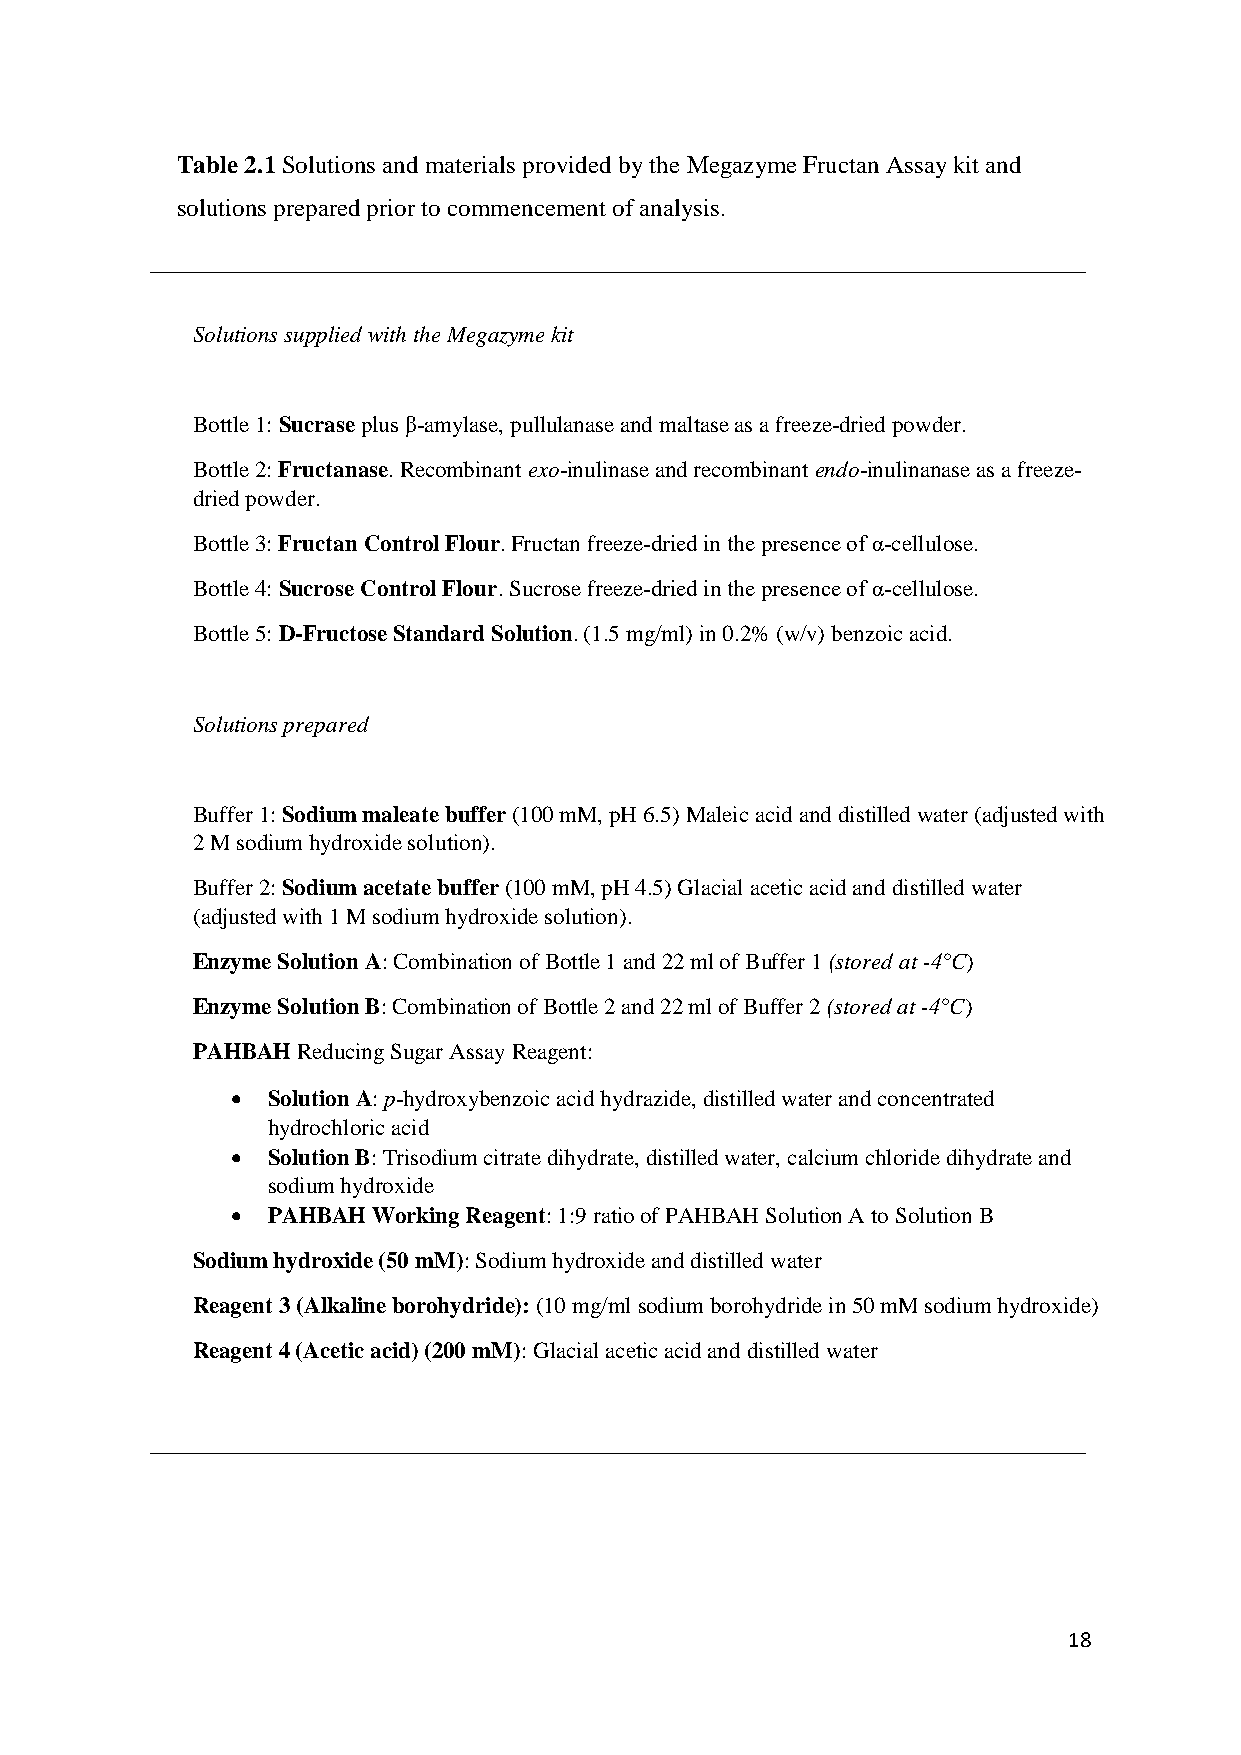
Table 2.1 Solutions and materials provided by the Megazyme Fructan Assay kit and
 solutions prepared prior to commencement of analysis.
 Solutions supplied with the Megazyme kit
 Bottle 1: Sucrase plus β-amylase, pullulanase and maltase as a freeze-dried powder.
 Bottle 2: Fructanase. Recombinant exo-inulinase and recombinant endo-inulinanase as a freeze-
 dried powder.
 Bottle 3: Fructan Control Flour. Fructan freeze-dried in the presence of α-cellulose.
 Bottle 4: Sucrose Control Flour. Sucrose freeze-dried in the presence of α-cellulose.
 Bottle 5: D-Fructose Standard Solution. (1.5 mg/ml) in 0.2% (w/v) benzoic acid.
 Solutions prepared
 Buffer 1: Sodium maleate buffer (100 mM, pH 6.5) Maleic acid and distilled water (adjusted with
 2 M sodium hydroxide solution).
 Buffer 2: Sodium acetate buffer (100 mM, pH 4.5) Glacial acetic acid and distilled water
 (adjusted with 1 M sodium hydroxide solution).
 Enzyme Solution A: Combination of Bottle 1 and 22 ml of Buffer 1 (stored at -4°C)
 Enzyme Solution B: Combination of Bottle 2 and 22 ml of Buffer 2 (stored at -4°C)
 PAHBAH Reducing Sugar Assay Reagent:
   Solution A: p-hydroxybenzoic acid hydrazide, distilled water and concentrated
 hydrochloric acid
   Solution B: Trisodium citrate dihydrate, distilled water, calcium chloride dihydrate and
 sodium hydroxide
   PAHBAH Working Reagent: 1:9 ratio of PAHBAH Solution A to Solution B
 Sodium hydroxide (50 mM): Sodium hydroxide and distilled water
 Reagent 3 (Alkaline borohydride): (10 mg/ml sodium borohydride in 50 mM sodium hydroxide)
 Reagent 4 (Acetic acid) (200 mM): Glacial acetic acid and distilled water
 18